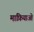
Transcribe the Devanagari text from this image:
माफ़ियाओं